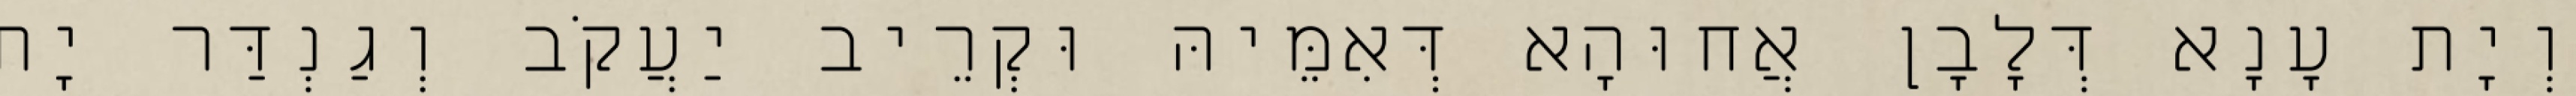
וְיָת עָנָא דְּלָבָן אֲחוּהָא דְּאִמֵּיהּ וּקְרֵיב יַעֲקֹב וְגַנְדַּר יָת